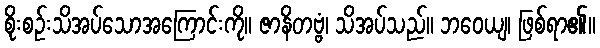
စိုးစဉ်းသိအပ်သောအကြောင်းကို။ ဇာနိတဗ္ဗံ၊ သိအပ်သည်။ ဘဝေယျ၊ ဖြစ်ရာ၏။